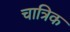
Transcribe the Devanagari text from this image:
चात्रिक